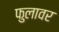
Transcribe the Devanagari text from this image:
फुलावर